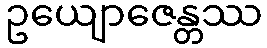
ဥယျောဇေန္တဿ